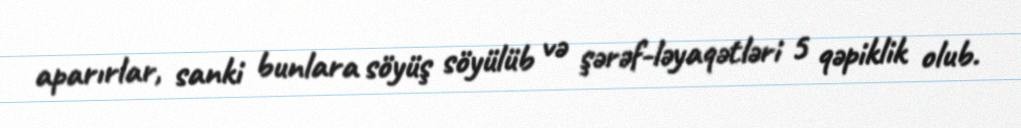
aparırlar, sanki bunlara söyüş söyülüb və şərəf-ləyaqətləri 5 qəpiklik olub.